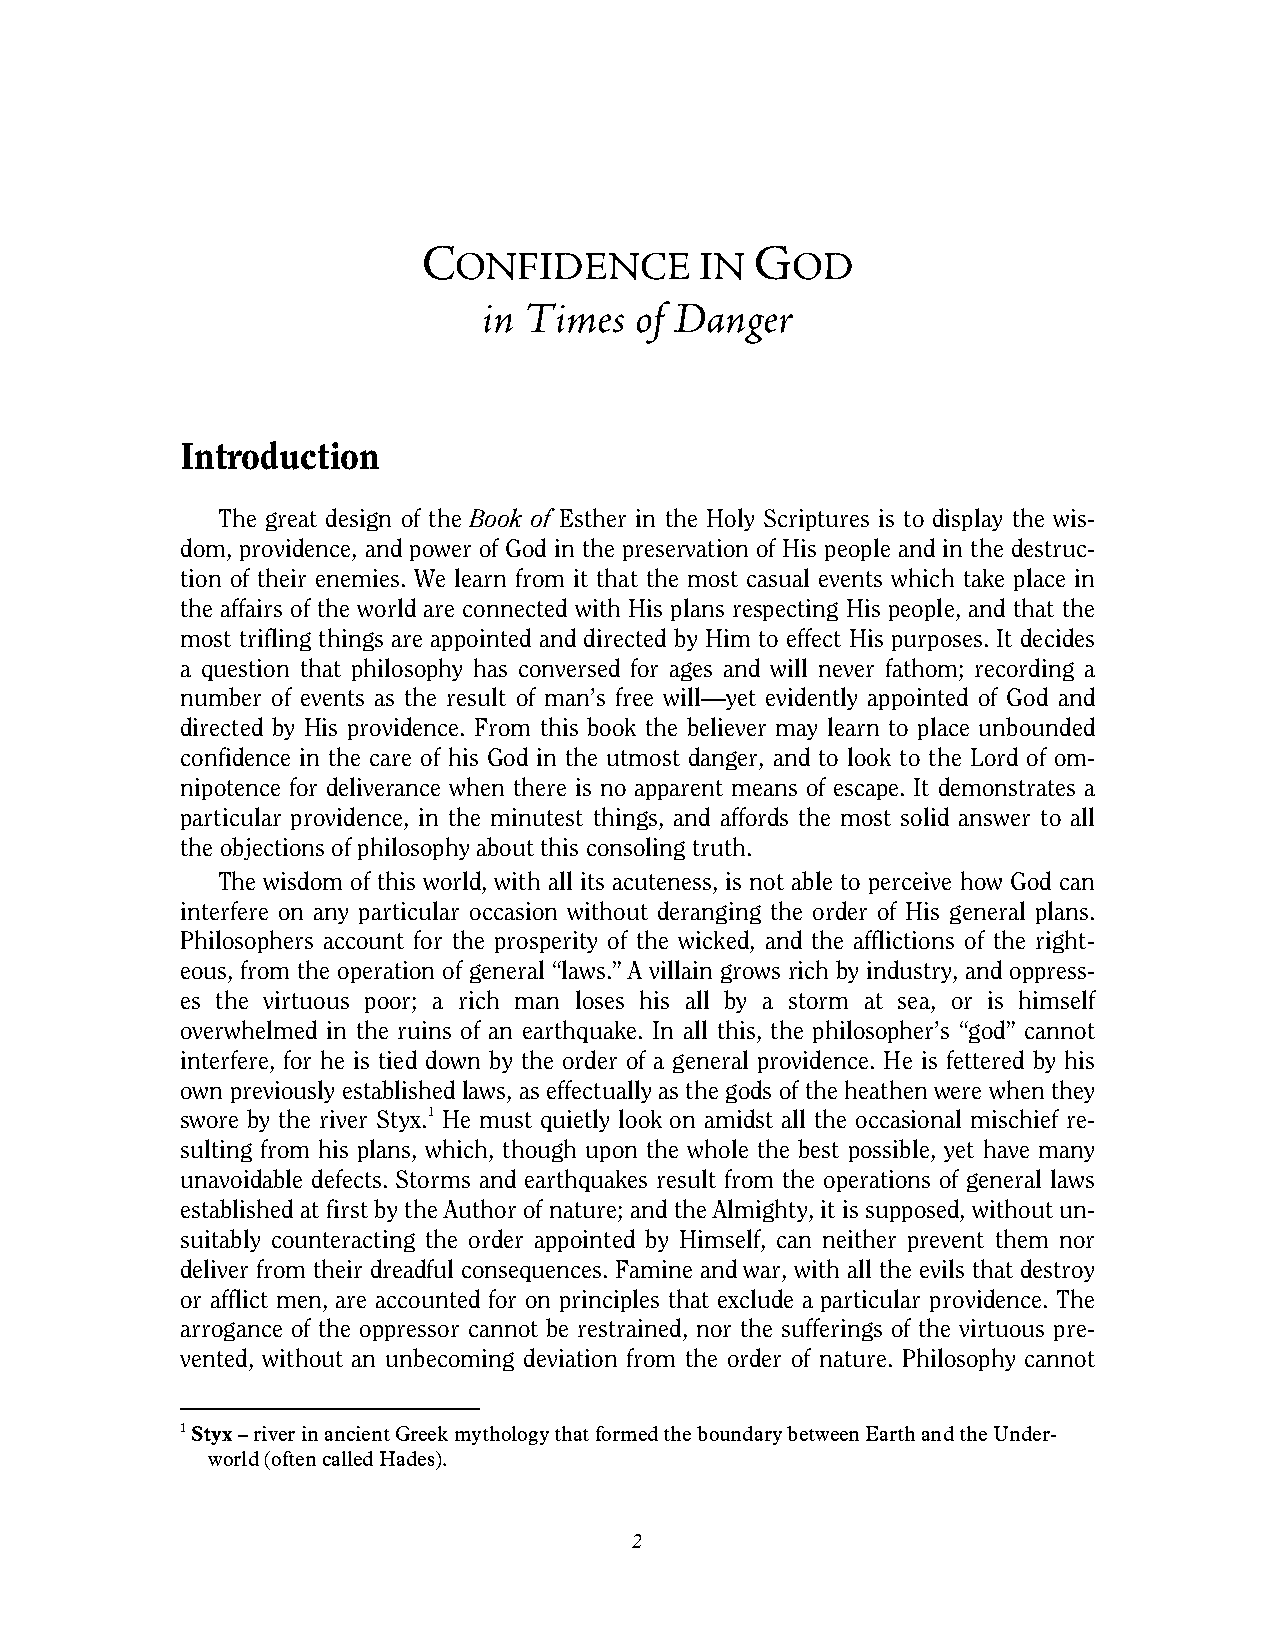
C                     G
 ONFIDENCE       IN    OD
 in Times  of Danger
 Introduction
 The great design of the Book of Esther in the Holy Scriptures is to display the wis-
 dom, providence, and power of God in the preservation of His people and in the destruc-
 tion of their enemies. We learn from it that the most casual events which take place in
 the affairs of the world are connected with His plans respecting His people, and that the
 most trifling things are appointed and directed by Him to effect His purposes. It decides
 a question that philosophy has conversed for ages and will never fathom; recording a
 number of events as the result of man’s free will—yet evidently appointed of God and
 directed by His providence. From this book the believer may learn to place unbounded
 confidence in the care of his God in the utmost danger, and to look to the Lord of om-
 nipotence for deliverance when there is no apparent means of escape. It demonstrates a
 particular providence, in the minutest things, and affords the most solid answer to all
 the objections of philosophy about this consoling truth.
 The wisdom of this world, with all its acuteness, is not able to perceive how God can
 interfere on any particular occasion without deranging the order of His general plans.
 Philosophers account for the prosperity of the wicked, and the afflictions of the right-
 eous, from the operation of general “laws.” A villain grows rich by industry, and oppress-
 es the virtuous poor; a rich man loses his all by a storm at sea, or is himself
 overwhelmed in the ruins of an earthquake. In all this, the philosopher’s “god” cannot
 interfere, for he is tied down by the order of a general providence. He is fettered by his
 own previously established laws, as effectually as the gods of the heathen were when they
 swore by the river Styx.1 He must quietly look on amidst all the occasional mischief re-
 sulting from his plans, which, though upon the whole the best possible, yet have many
 unavoidable defects. Storms and earthquakes result from the operations of general laws
 established at first by the Author of nature; and the Almighty, it is supposed, without un-
 suitably counteracting the order appointed by Himself, can neither prevent them nor
 deliver from their dreadful consequences. Famine and war, with all the evils that destroy
 or afflict men, are accounted for on principles that exclude a particular providence. The
 arrogance of the oppressor cannot be restrained, nor the sufferings of the virtuous pre-
 vented, without an unbecoming deviation from the order of nature. Philosophy cannot
 1 Styx – river in ancient Greek mythology that formed the boundary between Earth and the Under-
 world (often called Hades).
 2